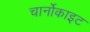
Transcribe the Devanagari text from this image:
चार्नोकाइट